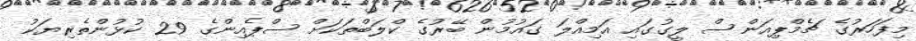
މިފަހަރުގެ ޗެމްޕިއަންސް ލީގުގައި އަމިއްލަ ގައުމުން ބޭރުގެ ކްލަބްތަކަަށް ސްޕެއިންގެ 29 ކުޅުންތެރިޔަކު